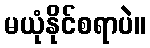
မယုံနိုင်စရာပဲ။